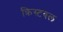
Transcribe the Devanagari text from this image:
क्रिस्टबल